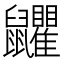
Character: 𪖏